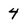
Character: 4